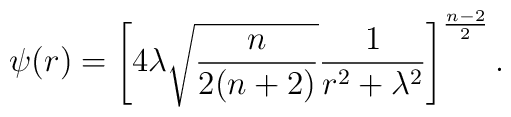
\psi(r)=\left[4\lambda \sqrt{ {n\over{2(n+2)}}} {1\over{r^2+\lambda^2}}\right]^{{n-2}\over 2}.